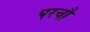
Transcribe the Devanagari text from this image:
परचौ